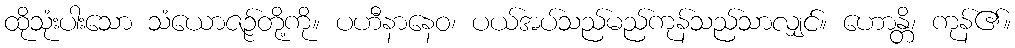
ထိုသုံးပါးသော သံယောဇဉ်တို့ကို။ ပဟီနာနေဝ၊ ပယ်အပ်သည်မည်ကုန်သည်သာလျှင်။ ဟောန္တိ၊ ကုန်၏။